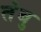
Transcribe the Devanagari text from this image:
तंबु